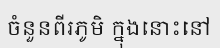
ចំនួនពីរភូមិ ក្នុងនោះនៅ